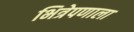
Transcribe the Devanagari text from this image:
भित्रेपणाला